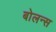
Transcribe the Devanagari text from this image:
बोलन्स